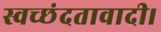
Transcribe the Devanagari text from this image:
स्वच्छंदतावादी।